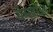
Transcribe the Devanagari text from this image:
यंग्सटाउन